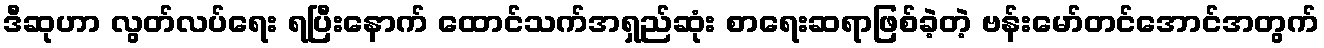
ဒီဆုဟာ လွတ်လပ်ရေး ရပြီးနောက် ထောင်သက်အရှည်ဆုံး စာရေးဆရာဖြစ်ခဲ့တဲ့ ဗန်းမော်တင်အောင်အတွက်